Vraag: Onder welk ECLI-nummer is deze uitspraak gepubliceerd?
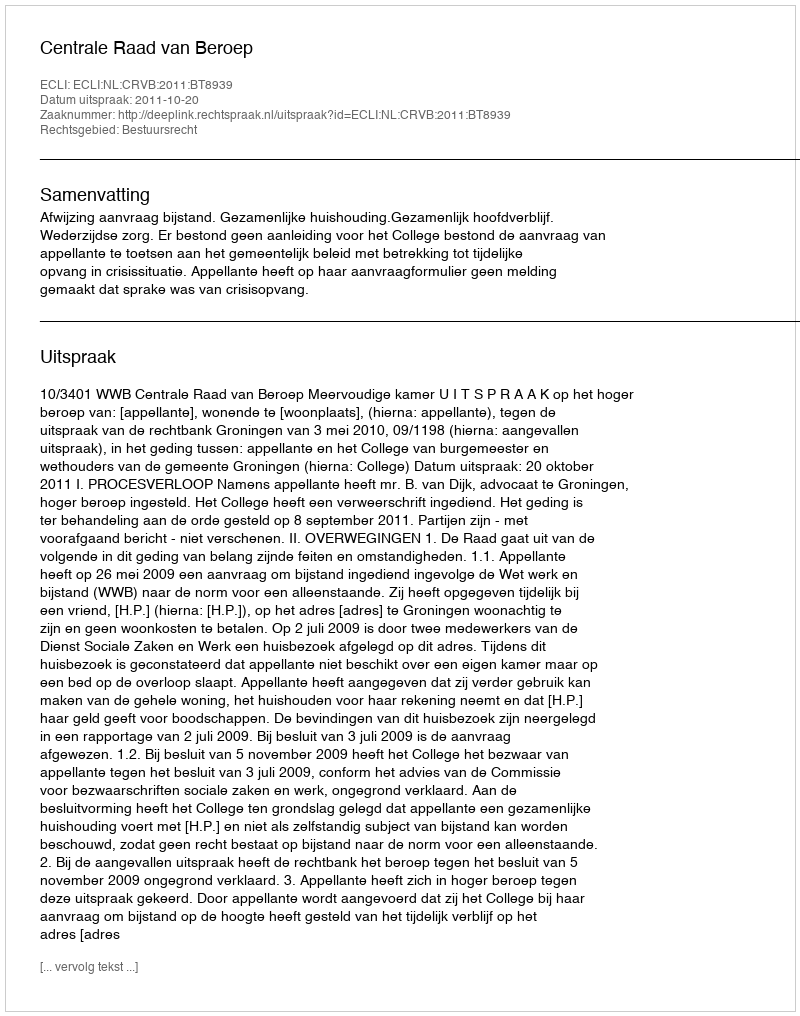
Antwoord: ECLI:NL:CRVB:2011:BT8939